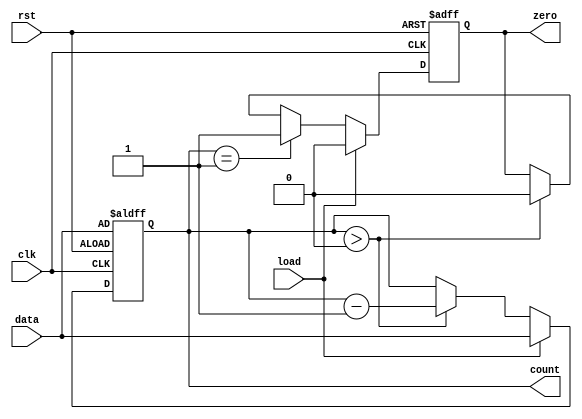
module MemoryBlocksDownCounter (
    input wire clk,          // Clock signal
    input wire rst,          // Asynchronous reset signal
    input wire load,         // Load control signal
    input wire [7:0] data,   // Input data for loading the counter
    output reg [7:0] count,   // Current value of the counter
    output reg zero          // Zero flag
);

    // Initial value for the counter
    initial begin
        count = 8'b0;       // Initialize count to 0
        zero = 1'b0;        // Initialize zero flag to 0
    end

    // Asynchronous reset and load logic
    always @(posedge clk or posedge rst) begin
        if (rst) begin
            count <= data;   // Load initial value from data on reset
            zero <= 1'b0;    // Reset zero flag
        end else if (load) begin
            count <= data;   // Load new value into counter
            zero <= 1'b0;    // Reset zero flag
        end else begin
            if (count > 0) begin
                count <= count - 1; // Decrement count
            end
            // Set zero flag if count reaches zero
            if (count == 1) begin
                zero <= 1'b1; // Assert zero flag when count reaches zero
            end else if (count > 0) begin
                zero <= 1'b0; // Deassert zero flag if count is above zero
            end
        end
    end

endmodule